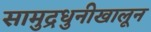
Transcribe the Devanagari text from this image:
सामुद्रधुनीखालून